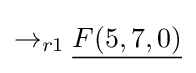
\rightarrow _{r1}{\underline {F(5,7,0)}}